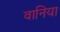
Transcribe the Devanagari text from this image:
वानिया